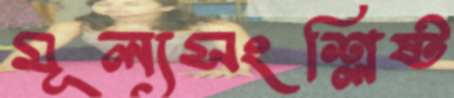
মূল্যসংশ্লিষ্ট